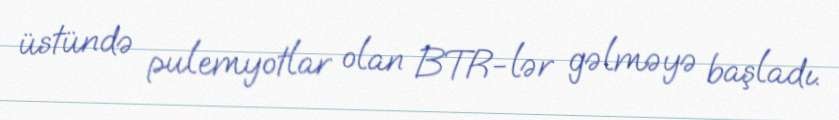
üstündə pulemyotlar olan BTR-lər gəlməyə başladı.